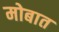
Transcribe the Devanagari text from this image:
मोबात